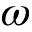
\omega